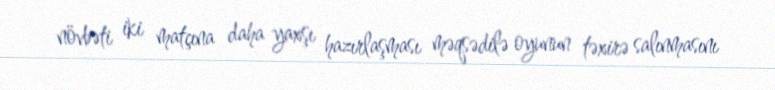
növbəti iki matçına daha yaxşı hazırlaşması məqsədilə oyunun təxirə salınmasını